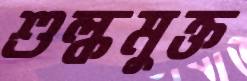
শুল্কমুক্ত